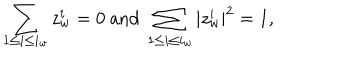
LaTeX: \sum _ { 1 \leq i \leq i _ { w } } z _ { w } ^ { i } = 0 \mathrm { ~ a n d ~ } \sum _ { 1 \leq i \leq i _ { w } } | z _ { w } ^ { i } | ^ { 2 } = 1 ,